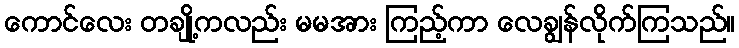
ကောင်လေး တချို့ကလည်း မမအား ကြည့်ကာ လေချွန်လိုက်ကြသည်။